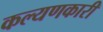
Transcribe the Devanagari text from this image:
कल्यणकारी